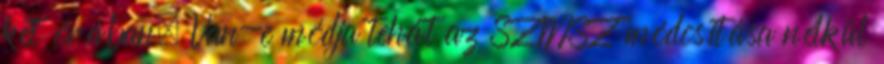
két órában. Van-e módja tehát az SZMSZ módosítása nélkül